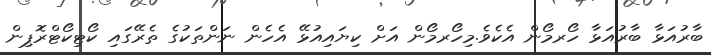
ބާރުއަޅާ ބާރުއަޅާ ހޯރމޯން އެކެވެ.މިހޯރމޯން އަށް ކިޔައިއުޅޭ އެހެން ނަންތަކުގެ ތެރޭގައި ކޯޓިކޯޓްރޮޕިން